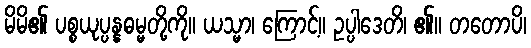
မိမိ၏ ပစ္စယုပ္ပန္နဓမ္မတို့ကို။ ယသ္မာ၊ ကြောင့်။ ဥပ္ပါဒေတိ၊ ၏။ တတောပိ၊